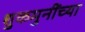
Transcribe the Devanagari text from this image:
शुकमुनींच्या